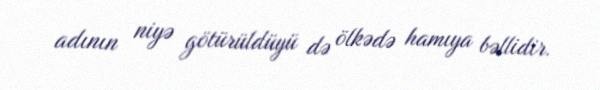
adının niyə götürüldüyü də ölkədə hamıya bəllidir.